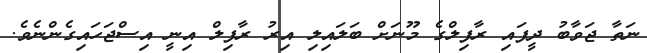
ނަތާ ޖަވާބު ދީފައި ރާފިލްގެ މޫނަށް ބަލައިލި އިރު ރާފިލް އިނީ އިސްޖަހައިގެންނެވެ.